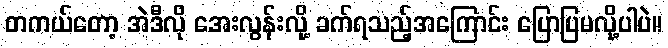
တကယ်တော့ အဲဒီလို အေးလွန်းလို့ ခက်ရသည့်အကြောင်း ပြောပြမလို့ပါပဲ။